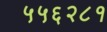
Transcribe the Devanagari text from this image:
५५६२८१